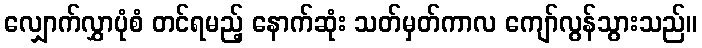
လျှောက်လွှာပုံစံ တင်ရမည့် နောက်ဆုံး သတ်မှတ်ကာလ ကျော်လွန်သွားသည်။